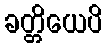
ခတ္တိယေပိ